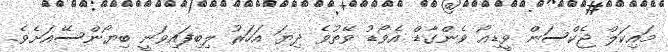
މައިކަލް ޖެކްސަން ވީޑިއޯ ވެންގާޑް އެވޯޑު ވޭތުވެ ދިޔަ އަހަރު ލިބިފައިވަނީ ބިޔޯންސޭއަށެވެ.